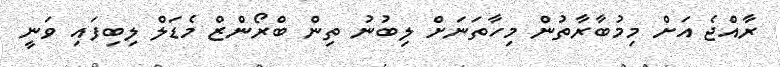
ރާއްޖެ އަށް މިމުބާރާތުން މިހާތަނަށް ލިބުނު ތިން ބްރޯންޒް މެޑަލް ލިބިފައި ވަނީ